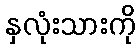
နှလုံးသားကို